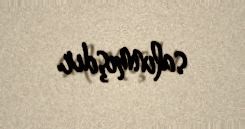
salınmışdır.